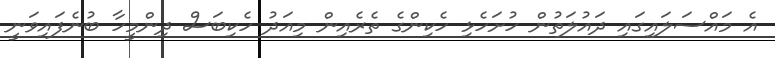
އެ މައްސަލައިގައި ދައުލަތުން ހުށަހެޅި ހެކިންގެ ތެރެއިން މިއަދު ހެކިބަސް ދިންމީހާ ބުނެފައިވަނީ